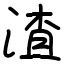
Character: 渣